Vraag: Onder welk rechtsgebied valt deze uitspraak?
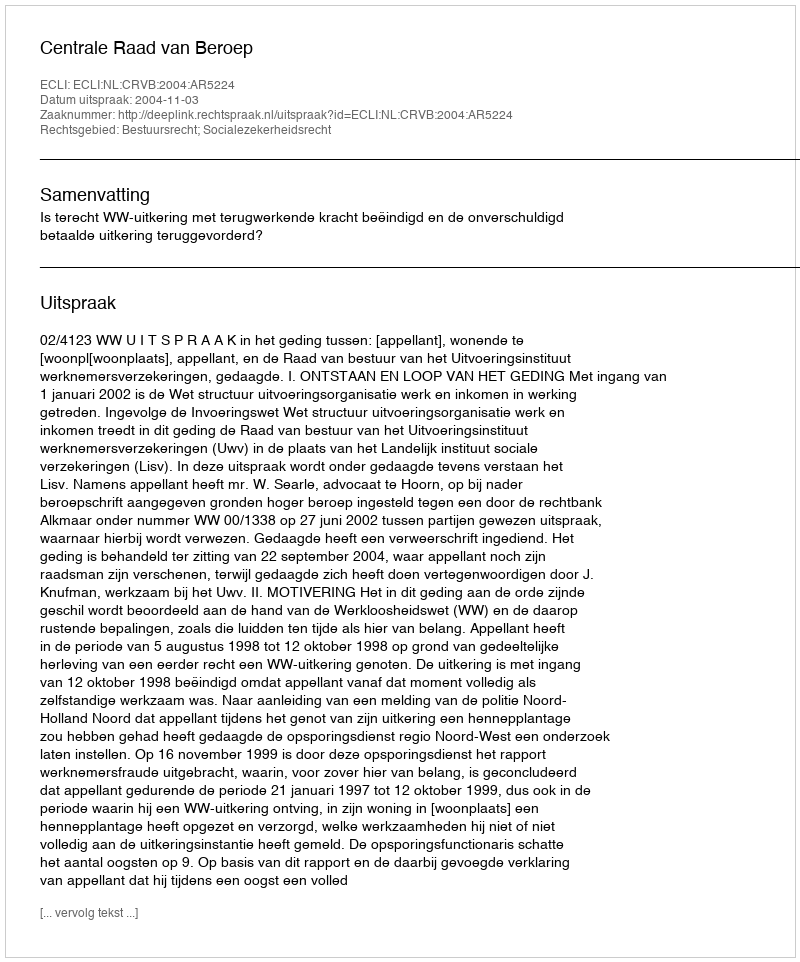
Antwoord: Bestuursrecht; Socialezekerheidsrecht